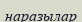
наразылар